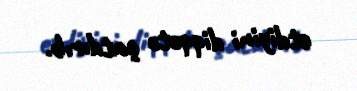
etdiyini diqqətə çatdırıb.